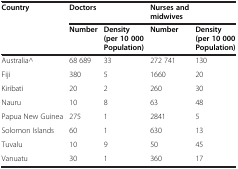
| Country | Doctors |  | Nurses and midwives |  |
 |  | Number | Density (per 10 000 Population) | Number | Density (per 10 000 Population) |
 | --- | --- | --- | --- | --- |
 | Australia^ | 68 689 | 33 | 272 741 | 130 |
 | Fiji | 380 | 5 | 1660 | 20 |
 | Kiribati | 20 | 2 | 260 | 30 |
 | Nauru | 10 | 8 | 63 | 48 |
 | Papua New Guinea | 275 | 1 | 2841 | 5 |
 | Solomon Islands | 60 | 1 | 630 | 13 |
 | Tuvalu | 10 | 9 | 50 | 45 |
 | Vanuatu | 30 | 1 | 360 | 17 |